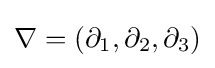
\nabla =(\partial _{1},\partial _{2},\partial _{3})